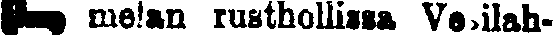
# melan rusthollissa Vesilah-